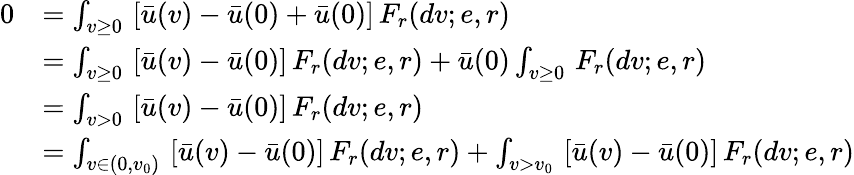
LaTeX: \begin{array}{rl}{0}&{=\int_{v\geq 0}\, \left[\bar{u}(v)-\bar{u}(0)+\bar{u}(0)\right]\, F_{r}(dv;e,r)}\\ &{=\int_{v\geq 0}\, \left[\bar{u}(v)-\bar{u}(0)\right]\, F_{r}(dv;e,r)+\bar{u}(0)\int_{v\geq 0}\, F_{r}(dv;e,r)}\\ &{=\int_{v>0}\, \left[\bar{u}(v)-\bar{u}(0)\right]\, F_{r}(dv;e,r)}\\ &{=\int_{v\in(0,v_{0})}\, \left[\bar{u}(v)-\bar{u}(0)\right]\, F_{r}(dv;e,r)+\int_{v>v_{0}}\, \left[\bar{u}(v)-\bar{u}(0)\right]\, F_{r}(dv;e,r)}\end{array}